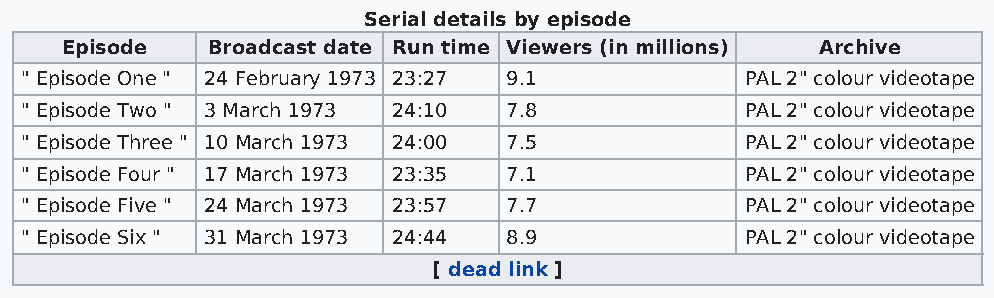
Serial details by episode
 Episode   Broadcast date Run time Viewers (in millions) Archive
 " Episode One " 24 February 1973 23:27 9.1      PAL 2" colour videotape
 " Episode Two " 3 March 1973 24:10 7.8          PAL 2" colour videotape
 " Episode Three " 10 March 1973 24:00 7.5       PAL 2" colour videotape
 " Episode Four " 17 March 1973 23:35 7.1        PAL 2" colour videotape
 " Episode Five " 24 March 1973 23:57 7.7        PAL 2" colour videotape
 " Episode Six " 31 March 1973 24:44 8.9         PAL 2" colour videotape
 [ dead link ]